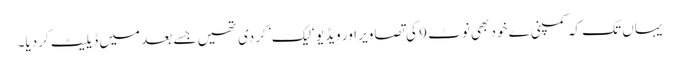
یہاں تک کہ کمپنی ے خود بھی نوٹ 9 کی تصاویر اور ویڈیو ‘لیک’ کر دی تھیں جسے بعد میں ڈیلیٹ کردیا۔